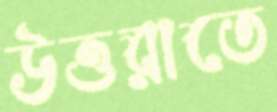
উত্তরাতে